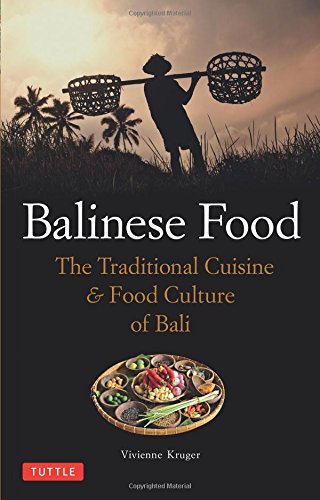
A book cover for Balinese Food: The Traditional Cuisine & Food Culture of Bali; Vivienne Kruger; Cookbooks, Food & Wine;